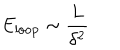
LaTeX: E _ { \mathrm { l o o p } } \sim \frac { L } { \delta ^ { 2 } }